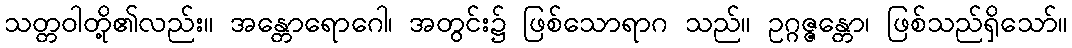
သတ္တဝါတို့၏လည်း။ အန္တောရောဂေါ၊ အတွင်း၌ ဖြစ်သောရာဂ သည်။ ဥဂ္ဂဇ္ဇန္တော၊ ဖြစ်သည်ရှိသော်။